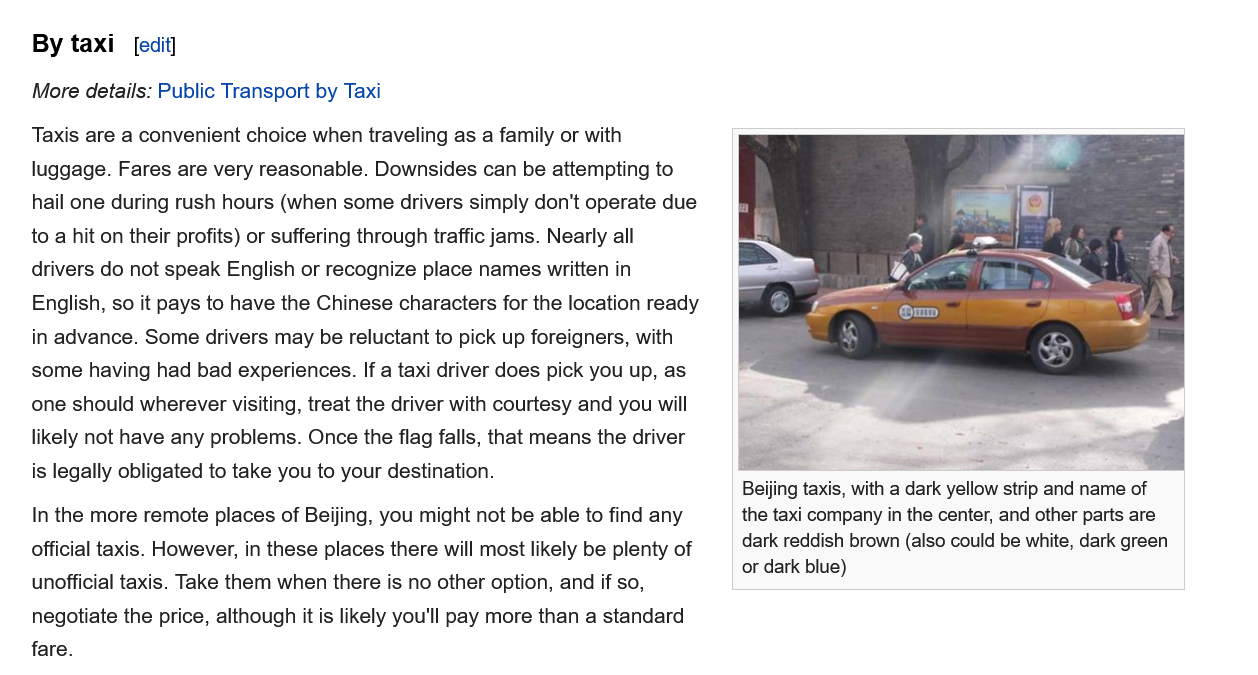
By taxi
    More details: Public Transport by Tax
     Beijing taxis, with a dark yellow strip and name of
     the taxi company in the center, and other parts are
     dark reddish brown (also could be white, dark green
     or dark blue)
    Taxis are a convenient choice when traveling as a family or with
    luggage. Fares are very reasonable. Downsides can be attempting to
    hail one during rush hours (when some drivers simply don't operate due
    to a hit on their profits) or suffering through traffic jams. Nearly all
    drivers do not speak English or recognize place names written in
    English, so it pays to have the Chinese characters for the location ready
    in advance. Some drivers may be reluctant to pick up foreigners, with
    some having had bad experiences. If a taxi driver does pick you up, as
    one should wherever visiting, treat the driver with courtesy and you will
    likely not have any problems. Once the flag falls, that means the driver
    is legally obligated to take you to your destination.
    In the more remote places of Beijing, you might not be able to find any
    official taxis. However, in these places there will most likely be plenty of
    unofficial taxis. Take them when there is no other option, and if so,
    negotiate the price, although it is likely you'll pay more than a standard
    fare.